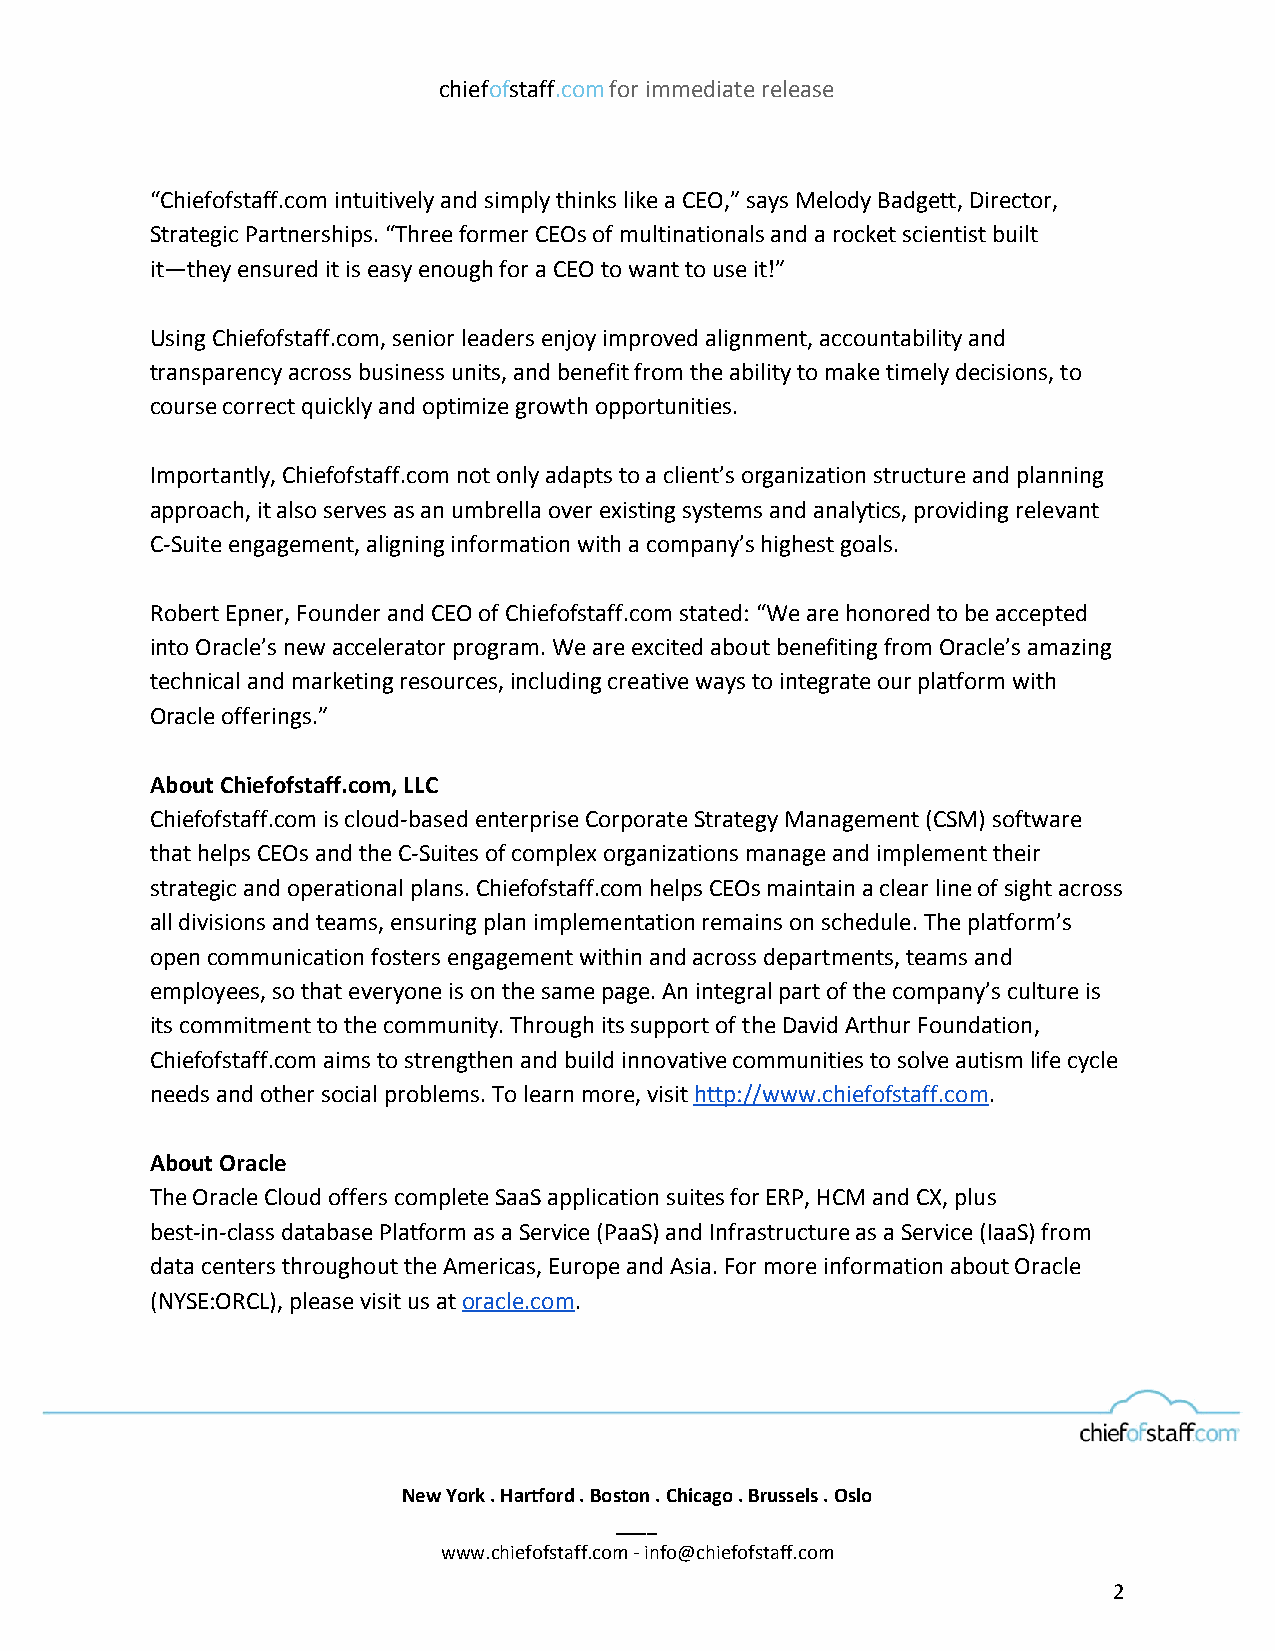
chiefofstaff.com for immediate release
 ​ ​  ​  ​
 “Chiefofstaff.com intuitively and simply thinks like a CEO,” says Melody Badgett, Director,
 Strategic Partnerships. “Three former CEOs of multinationals and a rocket scientist built
 it—they ensured it is easy enough for a CEO to want to use it!”
 Using Chiefofstaff.com, senior leaders enjoy improved alignment, accountability and
 transparency across business units, and benefit from the ability to make timely decisions, to
 course correct quickly and optimize growth opportunities.
 Importantly, Chiefofstaff.com not only adapts to a client’s organization structure and planning
 approach, it also serves as an umbrella over existing systems and analytics, providing relevant
 C-Suite engagement, aligning information with a company’s highest goals.
 Robert Epner, Founder and CEO of Chiefofstaff.com stated: “We are honored to be accepted
 into Oracle’s new accelerator program. We are excited about benefiting from Oracle’s amazing
 technical and marketing resources, including creative ways to integrate our platform with
 Oracle offerings.”
 About Chiefofstaff.com, LLC
 Chiefofstaff.com is cloud-based enterprise Corporate Strategy Management (CSM) software
 that helps CEOs and the C-Suites of complex organizations manage and implement their
 strategic and operational plans. Chiefofstaff.com helps CEOs maintain a clear line of sight across
 all divisions and teams, ensuring plan implementation remains on schedule. The platform’s
 open communication fosters engagement within and across departments, teams and
 employees, so that everyone is on the same page. An integral part of the company’s culture is
 its commitment to the community. Through its support of the David Arthur Foundation,
 Chiefofstaff.com aims to strengthen and build innovative communities to solve autism life cycle
 needs and other social problems. To learn more, visit http://www.chiefofstaff.com.
 ​                  ​
 About Oracle
 The Oracle Cloud offers complete SaaS application suites for ERP, HCM and CX, plus
 best-in-class database Platform as a Service (PaaS) and Infrastructure as a Service (IaaS) from
 data centers throughout the Americas, Europe and Asia. For more information about Oracle
 (NYSE:ORCL), please visit us at oracle.com.
 ​​      ​
 New York . Hartford . Boston . Chicago . Brussels . Oslo
 ____
 www.chiefofstaff.com - info@chiefofstaff.com
 2